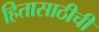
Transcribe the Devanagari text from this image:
हितासाठीची